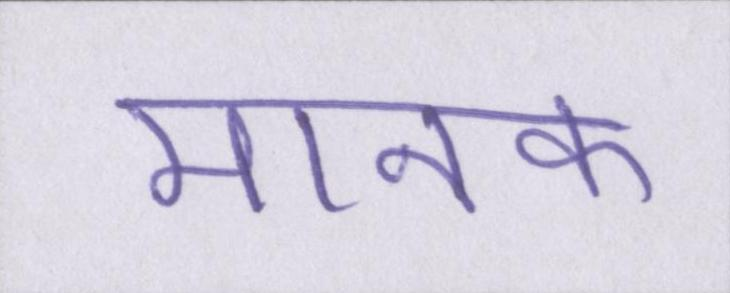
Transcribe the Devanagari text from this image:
मानक